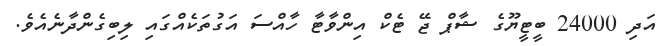
އަދި 24000 ބީޓީޔޫގެ ޝާޕް ޖޭ ޓެކް އިންވާޓާ ހާއްސަ އަގުތަކެއްގައި ލިބިގެންދާނެއެވެ.